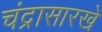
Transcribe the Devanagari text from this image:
चंद्रासारखे